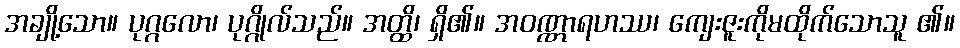
အချို့သော။ ပုဂ္ဂလော၊ ပုဂ္ဂိုလ်သည်။ အတ္ထိ၊ ရှိ၏။ အဝဏ္ဏာရဟဿ၊ ကျေးဇူးကိုမထိုက်သောသူ ၏။